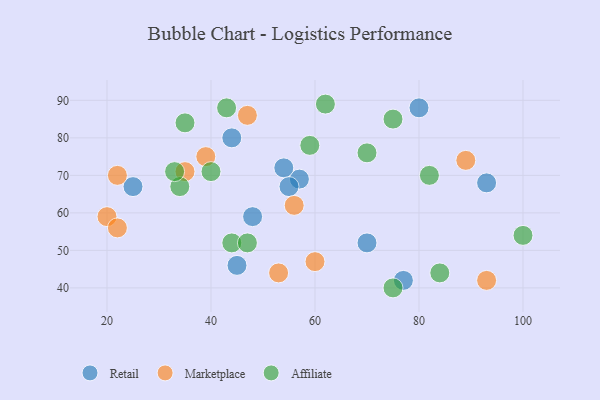
{"axis": {"x": "GDP", "y": "Life Expectancy"}, "legend": ["Affiliate", "Marketplace", "Retail"], "data": [{"x": "45", "y": 46, "type": "Retail"}, {"x": "70", "y": 52, "type": "Retail"}, {"x": "80", "y": 88, "type": "Retail"}, {"x": "57", "y": 69, "type": "Retail"}, {"x": "54", "y": 72, "type": "Retail"}, {"x": "48", "y": 59, "type": "Retail"}, {"x": "93", "y": 68, "type": "Retail"}, {"x": "55", "y": 67, "type": "Retail"}, {"x": "77", "y": 42, "type": "Retail"}, {"x": "44", "y": 80, "type": "Retail"}, {"x": "25", "y": 67, "type": "Retail"}, {"x": "20", "y": 59, "type": "Marketplace"}, {"x": "22", "y": 56, "type": "Marketplace"}, {"x": "60", "y": 47, "type": "Marketplace"}, {"x": "56", "y": 62, "type": "Marketplace"}, {"x": "93", "y": 42, "type": "Marketplace"}, {"x": "39", "y": 75, "type": "Marketplace"}, {"x": "47", "y": 86, "type": "Marketplace"}, {"x": "35", "y": 71, "type": "Marketplace"}, {"x": "53", "y": 44, "type": "Marketplace"}, {"x": "22", "y": 70, "type": "Marketplace"}, {"x": "89", "y": 74, "type": "Marketplace"}, {"x": "70", "y": 76, "type": "Affiliate"}, {"x": "82", "y": 70, "type": "Affiliate"}, {"x": "35", "y": 84, "type": "Affiliate"}, {"x": "34", "y": 67, "type": "Affiliate"}, {"x": "59", "y": 78, "type": "Affiliate"}, {"x": "44", "y": 52, "type": "Affiliate"}, {"x": "40", "y": 71, "type": "Affiliate"}, {"x": "33", "y": 71, "type": "Affiliate"}, {"x": "75", "y": 85, "type": "Affiliate"}, {"x": "62", "y": 89, "type": "Affiliate"}, {"x": "100", "y": 54, "type": "Affiliate"}, {"x": "47", "y": 52, "type": "Affiliate"}, {"x": "43", "y": 88, "type": "Affiliate"}, {"x": "75", "y": 40, "type": "Affiliate"}, {"x": "84", "y": 44, "type": "Affiliate"}]}